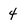
Character: 4